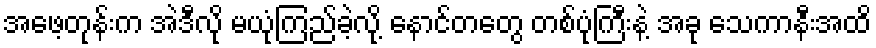
အဖေ့တုန်းက အဲဒီလို မယုံကြည်ခဲ့လို့ နောင်တတွေ တစ်ပုံကြီးနဲ့ အခု သေကာနီးအထိ